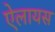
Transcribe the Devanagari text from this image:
ऐलायस